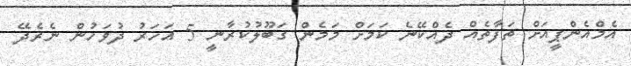
އެމްއެންޕީއަށް ތަފާތެއް ދެއްކޭނެ ކަމަށް މަމެން ގަބޫލުކުރާނީ 5 އަހަރު ދުވަހުން ނެރެދޭ